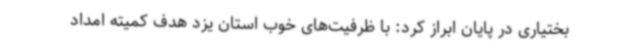
بختیاری در پایان ابراز کرد: با ظرفیت‌های خوب استان یزد هدف کمیته امداد